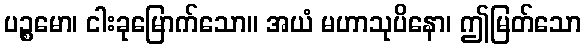
ပဉ္စမော၊ ငါးခုမြောက်သော။ အယံ မဟာသုပိနော၊ ဤမြတ်သော